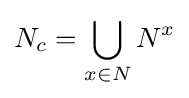
{N}_{c}=\bigcup _{x\in {N}}N^{x}